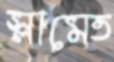
স্লামেত